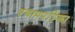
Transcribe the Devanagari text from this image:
श्यामपट्टिका